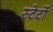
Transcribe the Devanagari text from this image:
स्टेटों